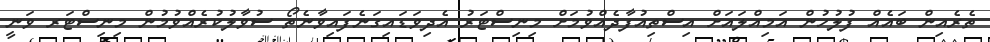
ތެރެއިން ބައެއް ފުލުހުން އަމިއްލައަށް އިސްތިއުފާދެއްވުމަށް މިނިސްޓަރު އެދިވަޑައިގަނެފައިވާނެތޯ ސުވާލުކުރެއްވުމުން މިނިސްޓަރ ވަނީ